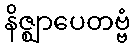
နိဇ္ဈာပေတဗ္ဗံ